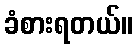
ခံစားရတယ်။